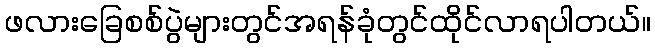
ဖလားခြေစစ်ပွဲများတွင်အရန်ခုံတွင်ထိုင်လာရပါတယ်။